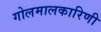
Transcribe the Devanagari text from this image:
गोलमालकारिणी